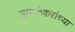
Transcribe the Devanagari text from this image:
डावजेकरांच्या